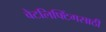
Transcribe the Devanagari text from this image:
वेटलिफ्टिंगसाठी